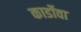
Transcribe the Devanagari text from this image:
कार्डोवा